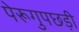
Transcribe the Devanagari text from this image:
पेरूगुपछड़ी